Vaccination report Assam 1874-1896 - 1874-1896
Year: 1874
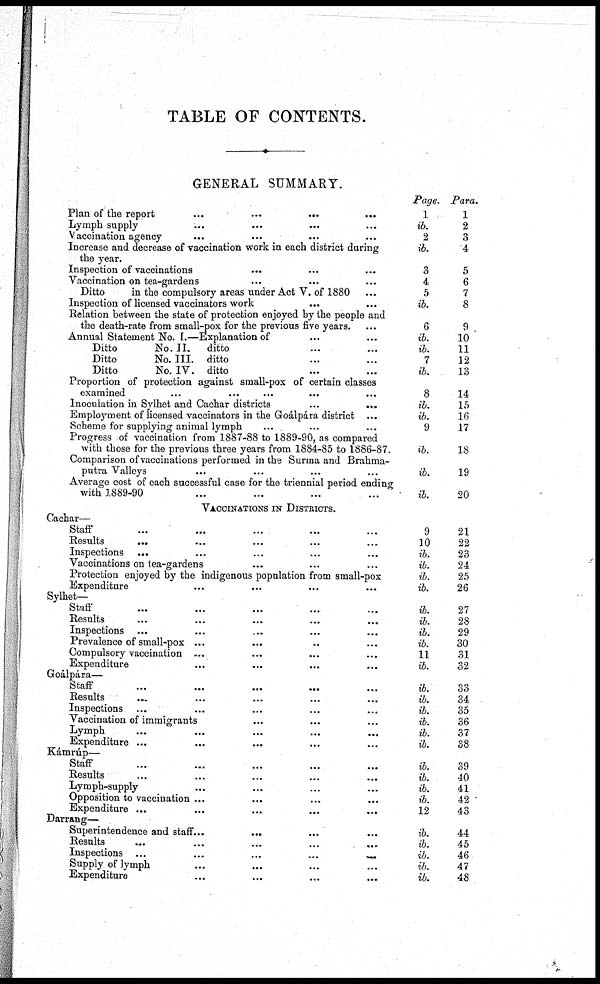
TABLE OF CONTENTS.
GENERAL SUMMARY.
Plan of the report
...
...
...
Lymph supply ... ... ...
Vaccination agency
...
...
...
Increase and decrease of vaccination work in each district during
the year.
Inspection of vaccinations
...
...
...
Vaccination on tea-gardens ... ... ...
Ditto
in the compulsory areas under Act V. of 1880 ...
Inspection of licensed vaccinators work
... ... ...
Relation between the state of protection enjoyed by the people and
the death-rate from small-pox for the previous five years.
Annual Statement No. I.—Explanation of
Ditto
No. II.
ditto ... ...
Ditto
No. III. ditto ... ...
Ditto
No. IV. ditto ... ...
Proportion of protection against small-pox of certain classes
examined ... ... ... ... ...
Inoculation in Sylhet and Cachar districts ... ...
Employment of licensed vaccinators in the Goálpára district ...
Scheme for supplying animal lymph ... ... ...
Progress of vaccination from 1887-88 to 1889-90, as compared
with those for the previous three years from 1884-85 to 1886-87.
Comparison of vaccinations performed in the Surma and Brahma-
putra Valleys
Average cost of each successful case for the triennial period ending
with 1889-90 ... ... ... ...
Page.
1
ib.
2
ib.
3
4
5
ib.
6
ib.
ib.
7
ib.
8
ib.
ib.
9
ib.
ib.
ib.
Para.
1
2
3
4
5
6
7
8
9
10
11
12
13
14
15
16
17
18
19
20
VACCINATIONS IN DISTRICTS.
Cachar—
Staff
...
...
...
... ...
Results
...
...
... ... ...
Inspections ... ... ... ... ...
Vaccinations on tea-gardens ... ... ...
Protection enjoyed by the indigenous population from small-pox
Expenditure ... ... ... ...
9
10
ib.
ib.
ib.
ib.
21
22
23
24
25
26
Sylhet—
Staff
...
...
... ... ...
Results
...
...
...
...
...
Inspections ...
...
...
...
...
Prevalence of small-pox ... ... ... ... ...
Compulsory vaccination ... ... ... ...
Expenditure ... ... ... ...
ib.
ib.
ib.
ib.
11
ib.
27
28
29
30
31
32
Goálpára—
Staff
...
...
...
...
...
Results
Inspections ... ... ... ...
Vaccination of immigrants ... ... ...
Lymph
...
...
...
...
...
Expenditure ... ... ... ... ...
ib.
ib.
ib.
ib.
ib.
ib.
33
34
35
36
37
38
Kámrúp—
Staff
...
... ... ... ...
Results ... ... ... ... ...
Lymph-supply ... ... ... ...
Opposition to vaccination ... ... ... ...
Expenditure ... ... ... ... ...
ib.
ib.
ib.
ib.
12
39
40
41
42 .
43
Darrang—
Superintendence and staff... ... ... ...
Results
...
...
...
...
...
Inspections ...
...
...
...
...
Supply of lymph ... ... ... ...
Expenditure ... ... ... ...
ib.
ib.
ib.
ib.
ib.
44
45
46
47
48